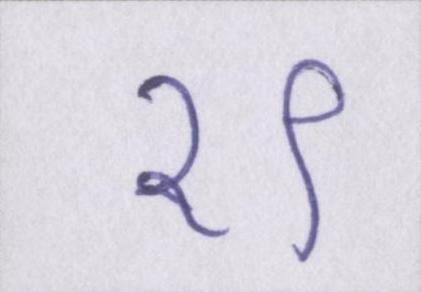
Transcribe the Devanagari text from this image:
१९